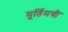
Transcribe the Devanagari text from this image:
मूर्तिमयी